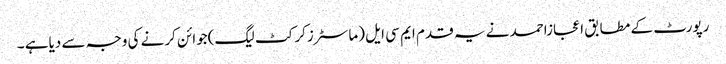
رپورٹ کے مطابق اعجازاحمد نے یہ قدم ایم سی ایل (ماسٹرزکرکٹ لیگ)جوائن کرنے کی وجہ سے دیاہے ۔